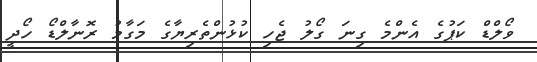
ވޯލްޑް ކަޕުގެ އެންމެ ގިނަ ގޯލު ޖެހި ކުޅުންތެރިޔާގެ މަގާމު ރޮނާލްޑޯ ހޯދީ